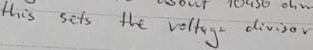
Text: this sets the voltage divisor